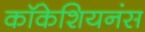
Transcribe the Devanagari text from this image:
कॉकेशियनंस